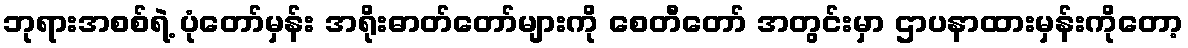
ဘုရားအစစ်ရဲ့ ပုံတော်မှန်း အရိုးဓာတ်တော်များကို စေတီတော် အတွင်းမှာ ဌာပနာထားမှန်းကိုတော့